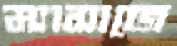
ম্যাসাজে